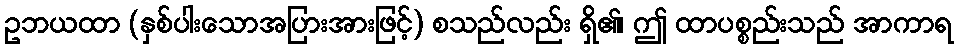
ဥဘယထာ (နှစ်ပါးသောအပြားအားဖြင့်) စသည်လည်း ရှိ၏၊ ဤ ထာပစ္စည်းသည် အာကာရ